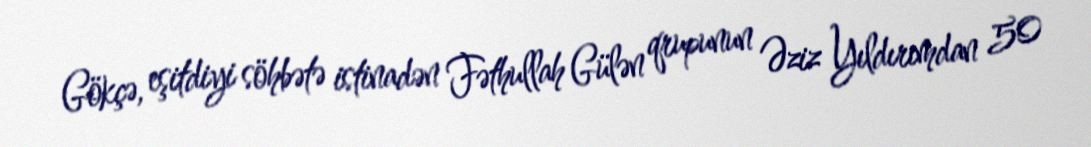
Gökçə, eşitdiyi söhbətə istinadən Fəthullah Gülən qrupunun Əziz Yıldırımdan 50